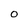
Character: O